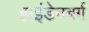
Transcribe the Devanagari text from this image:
हाइंडेनबर्ग